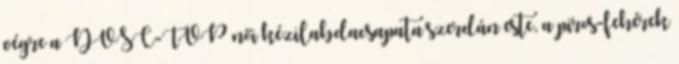
végre a DVSC-TVP női kézilabdacsapata szerdán este, a piros-fehérek